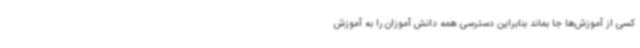
کسی از آموزش‌ها جا بماند بنابراین دسترسی همه دانش آموزان را به آموزش